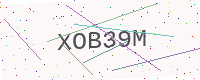
Text: XOB39M